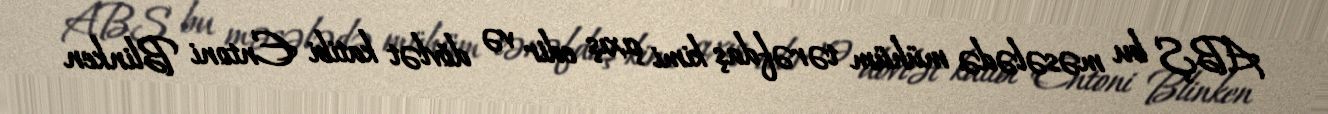
ABŞ bu məsələdə mühüm tərəfdaş kimi çıxış edir və dövlət katibi Entoni Blinken